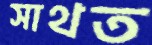
সাথত